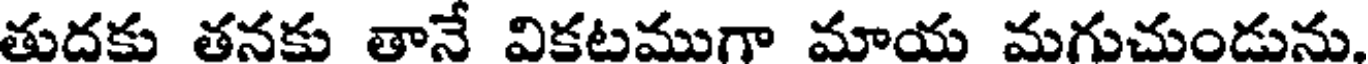
తుదకు తనకు తానే వికటముగా మాయ మగుచుండును.